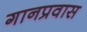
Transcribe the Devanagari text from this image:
गानप्रवास